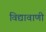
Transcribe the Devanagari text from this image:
विद्यावाणी